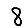
Digit: 8